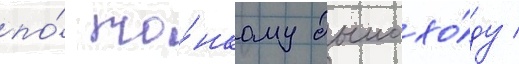
по́ то́нкому дымохо́ду /